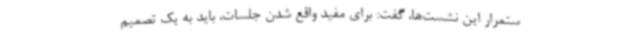
ستمرار این نشست‌ها، گفت: برای مفید واقع شدن جلسات، باید به یک تصمیم